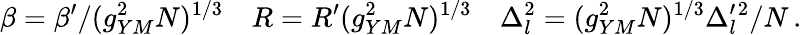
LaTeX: \beta=\beta^{\prime}/(g_{YM}^{2}N)^{1/3}\quad R=R^{\prime}(g_{YM}^{2}N)^{1/3}\quad\Delta_{l}^{2}=(g_{YM}^{2}N)^{1/3}\Delta_{l}^{\prime}{}^{2}/N\, .